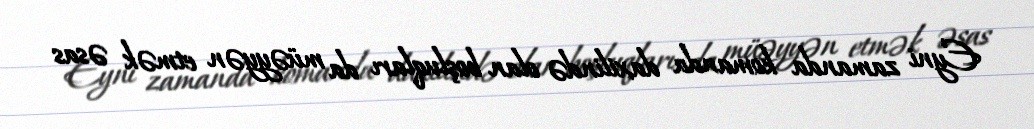
Eyni zamanda komanda daxilində olan boşluqları da müəyyən etmək əsas